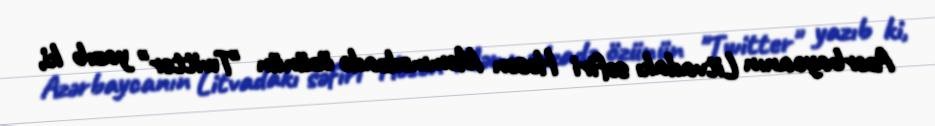
Azərbaycanın Litvadakı səfiri Həsən Məmmədzadə özünün "Twitter" yazıb ki,